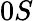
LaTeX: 0S